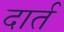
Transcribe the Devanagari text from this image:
दार्त